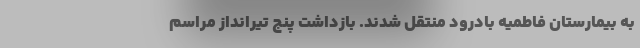
به بیمارستان فاطمیه بادرود منتقل شدند. بازداشت پنج تیرانداز مراسم